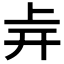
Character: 𢆒